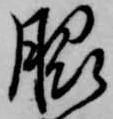
脇